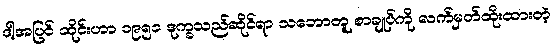
ဒါ့အပြင် ထိုင်းဟာ ၁၉၅၁ ဒုက္ခသည်ဆိုင်ရာ သဘောတူ စာချုပ်ကို လက်မှတ်ထိုးထားတဲ့